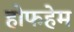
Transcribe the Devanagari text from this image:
होफहेम